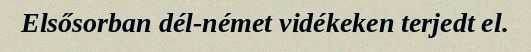
Elsősorban dél-német vidékeken terjedt el.